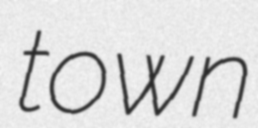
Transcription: town